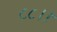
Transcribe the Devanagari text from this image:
८८।।